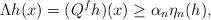
LaTeX: \begin{align*}\Lambda h(x) = (Q^fh) (x) \geq \alpha_n \eta_n(h),\end{align*}